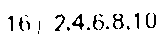
16) 2,4,6,8,10